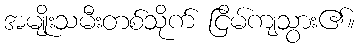
အမျိုးသမီးတစ်သိုက် ငြိမ်ကျသွား၏။